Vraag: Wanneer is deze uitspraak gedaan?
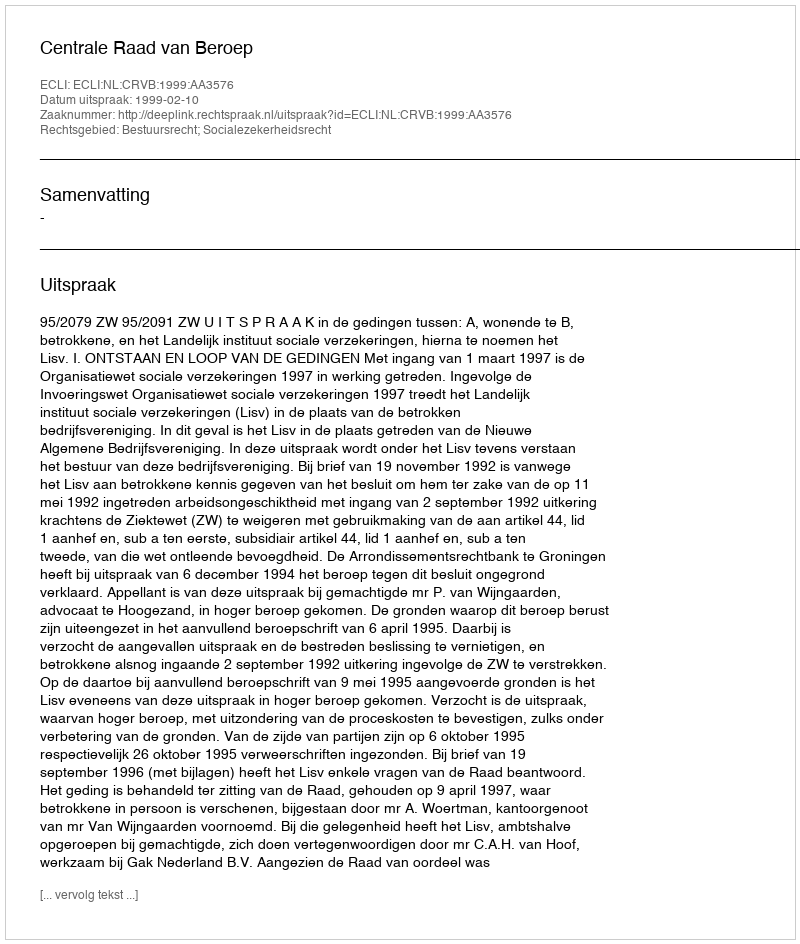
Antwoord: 1999-02-10